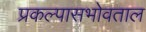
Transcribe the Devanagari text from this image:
प्रकल्पासभोवताल